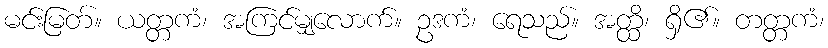
မင်းမြတ်။ ယတ္တကံ၊ အကြင်မျှလောက်။ ဥဒကံ၊ ရေသည်။ အတ္ထိ၊ ရှိ၏။ တတ္တကံ၊